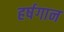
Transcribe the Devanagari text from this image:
हर्षगान